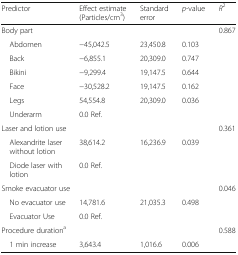
<table><thead><tr><td><b>Predictor</b></td><td><b>Effect estimate (Particles/cm<sup>3</sup>)</b></td><td><b>Standard error</b></td><td><b><i>p</i>-value</b></td><td><b><i>R</i><sup>2</sup></b></td></tr></thead><tbody><tr><td colspan="4">Body part</td><td>0.867</td></tr><tr><td> Abdomen</td><td>−45,042.5</td><td>23,450.8</td><td>0.103</td><td></td></tr><tr><td> Back</td><td>−6,855.1</td><td>20,309.0</td><td>0.747</td><td></td></tr><tr><td> Bikini</td><td>−9,299.4</td><td>19,147.5</td><td>0.644</td><td></td></tr><tr><td> Face</td><td>−30,528.2</td><td>19,147.5</td><td>0.162</td><td></td></tr><tr><td> Legs</td><td>54,554.8</td><td>20,309.0</td><td>0.036</td><td></td></tr><tr><td> Underarm</td><td>0.0 Ref.</td><td></td><td></td><td></td></tr><tr><td colspan="4">Laser and lotion use</td><td>0.361</td></tr><tr><td> Alexandrite laser without lotion</td><td>38,614.2</td><td>16,236.9</td><td>0.039</td><td></td></tr><tr><td> Diode laser with lotion</td><td>0.0 Ref.</td><td></td><td></td><td></td></tr><tr><td colspan="4">Smoke evacuator use</td><td>0.046</td></tr><tr><td> No evacuator use</td><td>14,781.6</td><td>21,035.3</td><td>0.498</td><td></td></tr><tr><td> Evacuator Use</td><td>0.0 Ref.</td><td></td><td></td><td></td></tr><tr><td colspan="3">Procedure duration<sup>a</sup></td><td></td><td>0.588</td></tr><tr><td> 1 min increase</td><td>3,643.4</td><td>1,016.6</td><td>0.006</td><td></td></tr></tbody></table>